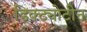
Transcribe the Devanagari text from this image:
डिक्ट्योटीन